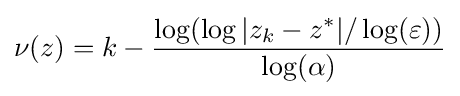
\nu (z)=k-{\frac {\log(\log |z_{k}-z^{*}|/\log(\varepsilon ))}{\log(\alpha )}}